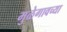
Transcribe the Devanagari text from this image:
मुळेगावच्या